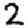
Digit: 2